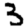
Digit: 3